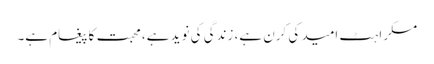
مسکراہٹ امید کی کرن ہے، زندگی کی نوید ہے، محبت کا پیغام ہے۔